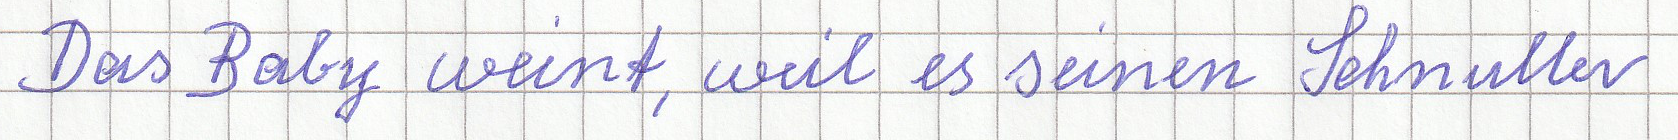
Das Baby weint, weil es seinen Schnuller verloren hat.